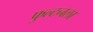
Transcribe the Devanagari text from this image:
फुल्टनला